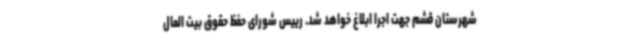
شهرستان قشم جهت اجرا ابلاغ خواهد شد. رییس شورای حفظ حقوق بیت المال